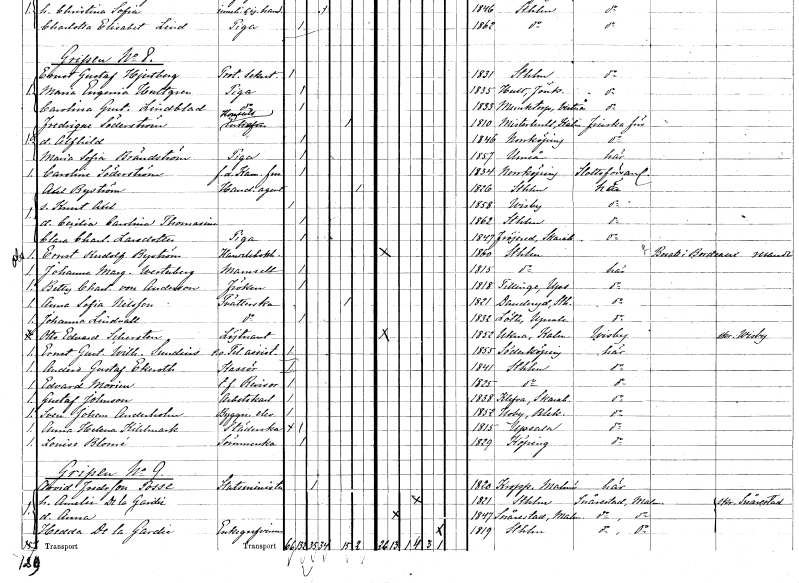
gt_parse: households: individuals: FN: Caroline
EN: Söderström
KON: K
CIV: O
FODAR: 1834
FODFORS: Norrköping Östergötlands län
FN: Axel
EN: Byström
YRKE: Handelsagent
KON: M
CIV: X
FODAR: 1826
FODFORS: Stockholm
FN: Knut Axel
KON: M
CIV: O
FODAR: 1858
FODFORS: Visby Gotlands län
FN: Cecilia Carolina Thomasine
KON: K
CIV: O
FODAR: 1862
FODFORS: Stockholm
FN: Clara Charlotta
EN: Larsdotter
YRKE: Piga
KON: K
CIV: O
FODAR: 1847
FODFORS: Fröjered Skaraborgs län
FN: Ernst Rudolf
EN: Byström
YRKE: Handelsbokhållare
KON: M
CIV: O
FODAR: 1860
FODFORS: Stockholm
FN: Johanna Margareta
EN: Westerberg
KON: K
CIV: O
FODAR: 1815
FODFORS: Stockholm
FN: Betty Charlotta
EN: von Anderson
KON: K
CIV: O
FODAR: 1818
FODFORS: Tillinge Uppsala län
FN: Anna Sofia
EN: Nilsson
YRKE: Tvätterska
KON: K
CIV: E
FODAR: 1821
FODFORS: Danderyd Stockholms län
FN: Johanna
EN: Lindvall
YRKE: Tvätterska
KON: K
CIV: O
FODAR: 1832
FODFORS: Löt Uppsala län
FN: Otto Edvard
EN: Schersten
YRKE: Löjtnant
KON: M
CIV: O
FODAR: 1852
FODFORS: Ukna Kalmar län
FN: Ernst Gustaf Wilhelm
EN: Sundins
YRKE: Telegrafassistent e.o.
KON: M
CIV: O
FODAR: 1855
FODFORS: Söderköping Östergötlands län
FN: Anders Gustaf
EN: Ekeroth
YRKE: Kassör
KON: M
CIV: O
FODAR: 1841
FODFORS: Stockholm
FN: Edvard
EN: Morien
YRKE: Revisor t.f.
KON: M
CIV: O
FODAR: 1825
FODFORS: Stockholm
FN: Gustaf
EN: Johnson
YRKE: Arbetskarl
KON: M
CIV: O
FODAR: 1838
FODFORS: Kleva Skaraborgs län
FN: Sven Johan
EN: Anderholm
YRKE: Byggnadselev
KON: M
CIV: O
FODAR: 1852
FODFORS: Bräkne-Hoby Blekinge län
FN: Anna Helena
EN: Kihlmark
YRKE: Städerska
KON: K
CIV: O
FODAR: 1815
FODFORS: Uppsala Uppsala län
FN: Louise
EN: Blomé
YRKE: Sömmerska
KON: K
CIV: O
FODAR: 1829
FODFORS: Köping Västmanlands län
FN: Arvid
EN: Fredr:son Posse
YRKE: Statsminister
KON: M
CIV: G
FODAR: 1820
FODFORS: Kropp Malmöhus län
FN: Amelie
EN: de la Gardie
KON: K
CIV: G
FODAR: 1821
FODFORS: Stockholm
FN: Anna
KON: K
CIV: O
FODAR: 1847
FODFORS: Snårestad Malmöhus län
FN: Hedda
EN: de la Gardie
KON: K
CIV: E
FODAR: 1819
FODFORS: Stockholm